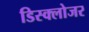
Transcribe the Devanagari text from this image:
डिस्क्लोजर